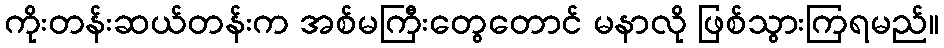
ကိုးတန်းဆယ်တန်းက အစ်မကြီးတွေတောင် မနာလို ဖြစ်သွားကြရမည်။